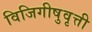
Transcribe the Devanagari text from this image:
विजिगीषुवृत्ती